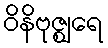
ဝိနိဗုဇ္ဈရေ